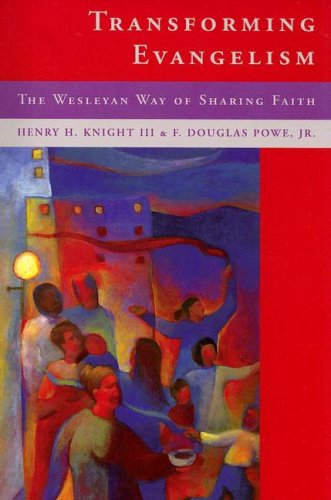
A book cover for Transforming Evangelism: The Wesleyan Way of Sharing Faith; Henry H. Knight III; Christian Books & Bibles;